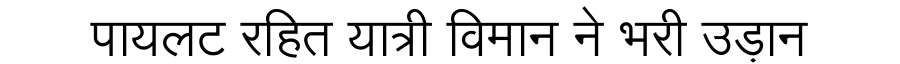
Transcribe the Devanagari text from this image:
पायलट रहित यात्री विमान ने भरी उड़ान